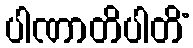
ပါဏာတိပါတိံ